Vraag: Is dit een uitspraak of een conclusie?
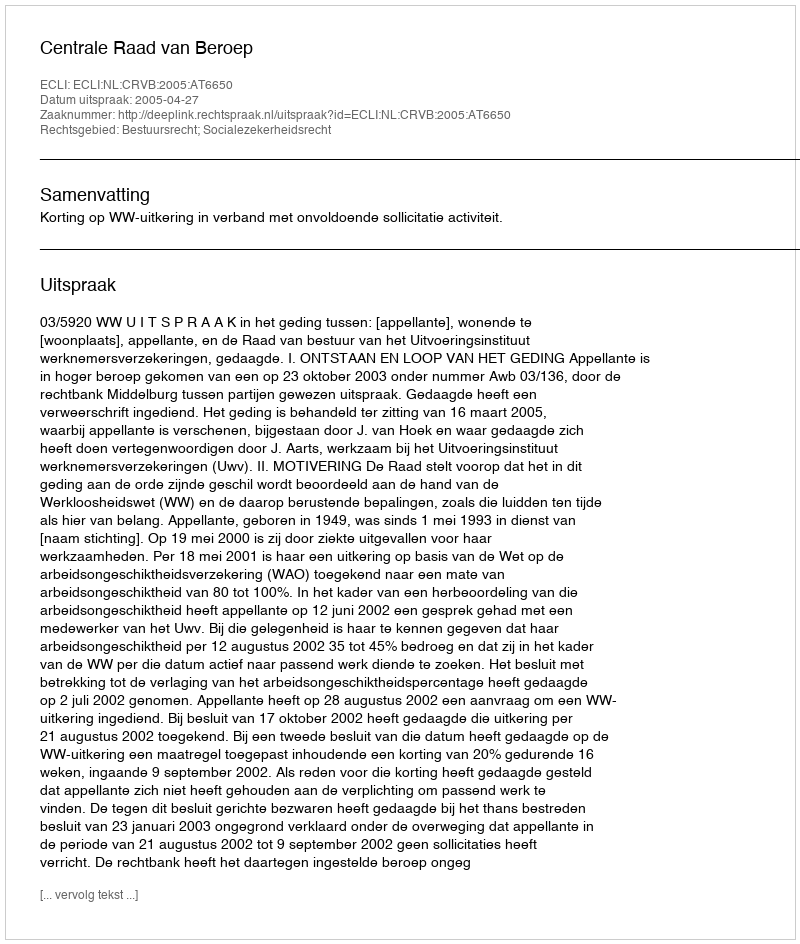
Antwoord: Uitspraak